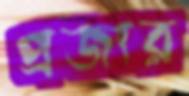
প্রজার